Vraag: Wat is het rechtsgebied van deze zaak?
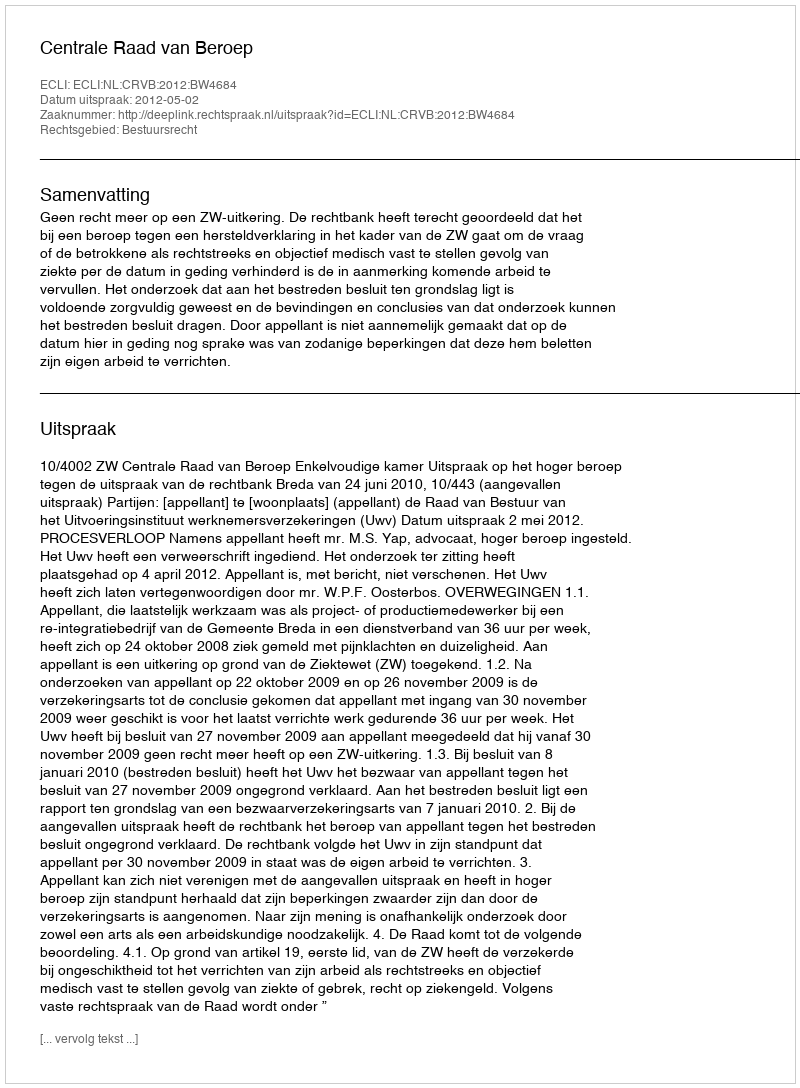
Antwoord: Bestuursrecht